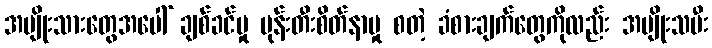
အမျိုးသားတွေအပေါ် ချစ်ခင်မှု မုန်းတီးစိတ်နာမှု စတဲ့ ခံစားချက်တွေကိုလည်း အမျိုးသမီး